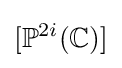
[\mathbb {P} ^{2i}(\mathbb {C} )]